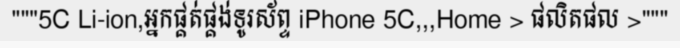
"""5C Li-ion,អ្នកផ្គត់ផ្គង់ទូរស័ព្ទ iPhone 5C,,,Home > ផលិតផល >"""